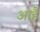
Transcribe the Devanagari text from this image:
आहै